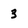
Character: 3